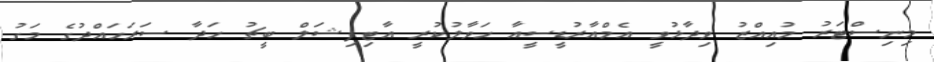
މިނިސްޓަރު މުއިއްޒު ވިދާޅުވީ އެމްއާރުޑީސީއާ ހަވާލުކުރީ އާޓިފިޝަލް ބީޗު ހަދާ ސަރަހައްދުގެ މަގު